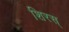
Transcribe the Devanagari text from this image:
शिरस्